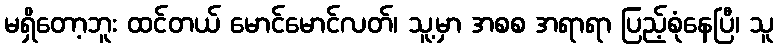
မရှိတော့ဘူး ထင်တယ် မောင်မောင်လတ်၊ သူ့မှာ အစစ အရာရာ ပြည့်စုံနေပြီ၊ သူ